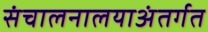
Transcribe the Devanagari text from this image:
संचालनालयाअंतर्गत